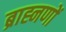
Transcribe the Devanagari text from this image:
ब्राह्नणों